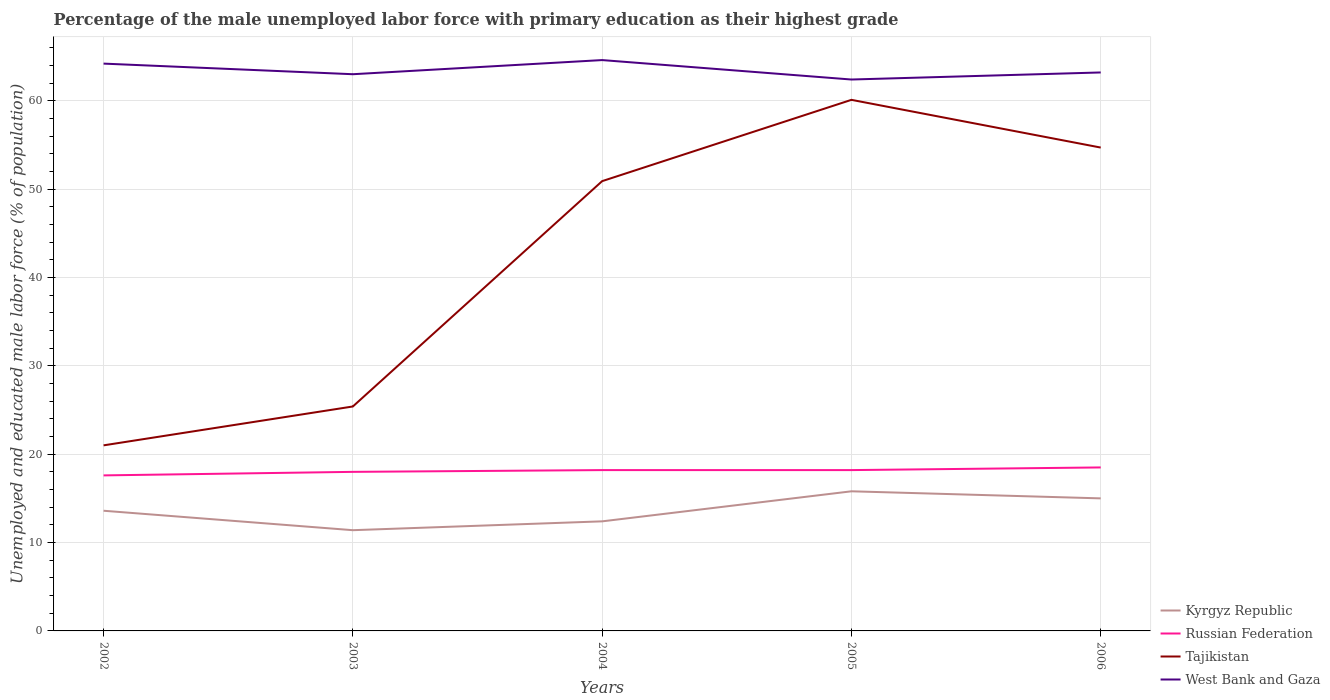
| Years | Kyrgyz Republic | Russian Federation | Tajikistan | West Bank and Gaza |
 | --- | --- | --- | --- | --- |
 | 2002 | 13.6 | 17.6 | 21 | 64.2 |
 | 2003 | 11.4 | 18 | 25.4 | 63 |
 | 2004 | 12.4 | 18.2 | 50.9 | 64.6 |
 | 2005 | 15.8 | 18.2 | 60.1 | 62.4 |
 | 2006 | 15 | 18.5 | 54.7 | 63.2 |